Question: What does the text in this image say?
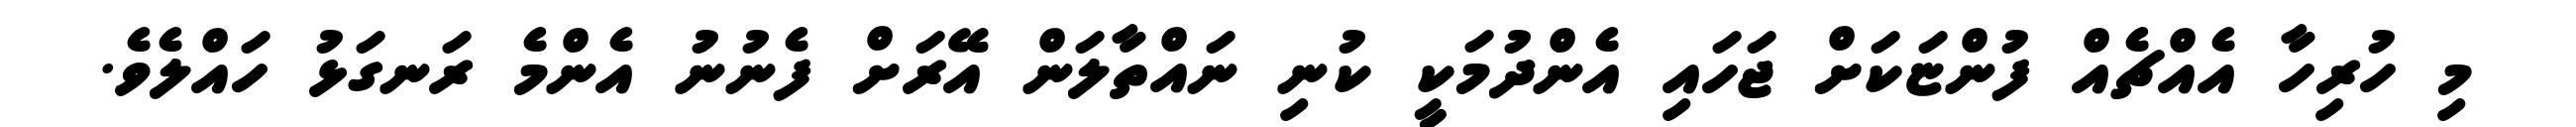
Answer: މި ހުރިހާ އެއްޗެއް ފުންޏަކަށް ޖަހައި އެންދުމަކީ ކުނި ނައްތާލަން އޭރަށް ފެނުނު އެންމެ ރަނގަޅު ހައްލެވެ.